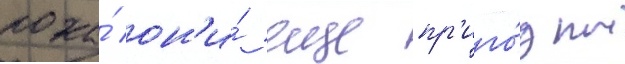
пока́ он'и́ еще пр'иго́дны